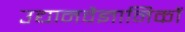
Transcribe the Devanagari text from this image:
उद्यानवैज्ञानिकों